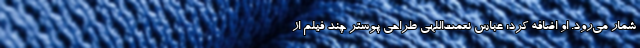
شمار می‌رود. او اضافه کرد: عباس نعمت‌اللهی طراحی پوستر چند فیلم از